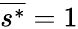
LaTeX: \overline{{s^{*}}}=1